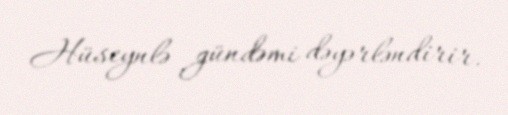
Hüseynlə gündəmi dəyərləndirir.